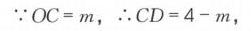
\(\because OC = m,\ \therefore CD = 4 - m,\)